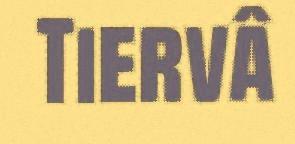
Tiervâ